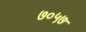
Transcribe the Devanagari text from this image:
७०५७